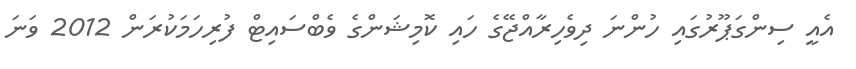
އެއީ ސިންގަޕޫރުގައި ހުންނަ ދިވެހިރާއްޖޭގެ ހައި ކޮމިޝަންގެ ވެބްސައިޓް ފުރިހަމަކުރަން 2012 ވަނަ